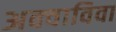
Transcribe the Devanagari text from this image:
अक्वाविवा